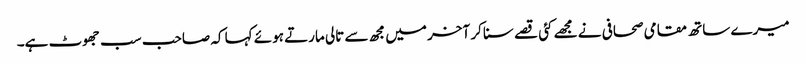
میرے ساتھ مقامی صحافی نے مجھے کئی قصے سنا کر آخر میں مجھ سے تالی مارتے ہوئے کہا کہ صاحب سب جھوٹ ہے۔